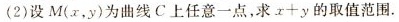
(2)设M(x，y)为曲线C上任意一点，求$$x + y$$的取值范围.